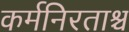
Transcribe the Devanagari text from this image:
कर्मनिरताश्च